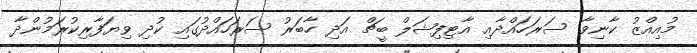
މުއިއްޒު ކާނިވާ ސަރަހައްދާއި އާޓިފިޝަލް ބީޗް އަދި ހާބަރު ސަރަހައްދުގައި ކުދި ވިޔަފާރިކުރަމުންދާ